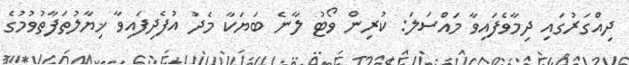
ދިއްގަރުގައި ދިމާވެފައިވާ މައްސަލަ: ކުރިން ވޯޓު ލާނެ ބަޔަކާ މެދު އުފެދިފައިވާ ޚިޔާލުތަފާތުވުމުގެ